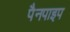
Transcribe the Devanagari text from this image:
पैनपाइप